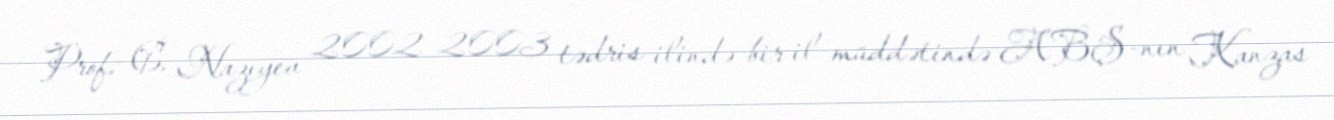
Prof. C. Nazıyev 2002–2003 tədris ilində bir il müddətində ABŞ-nın Kanzas